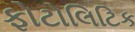
ફોટોલિટિક